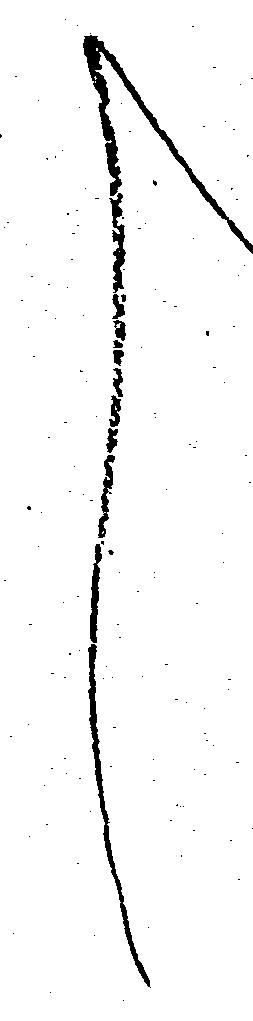
し